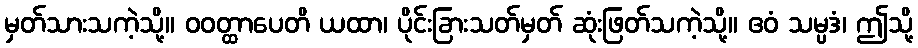
မှတ်သားသကဲ့သို့။ ဝဝတ္ထာပေတိ ယထာ၊ ပိုင်းခြားသတ်မှတ် ဆုံးဖြတ်သကဲ့သို့။ ဧဝံ သမ္ပဒံ၊ ဤသို့